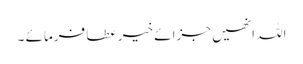
اللہ انھیں جزائے خیر عطا فرمائے ۔